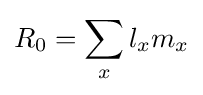
R_{0}=\sum _{x}l_{x}m_{x}